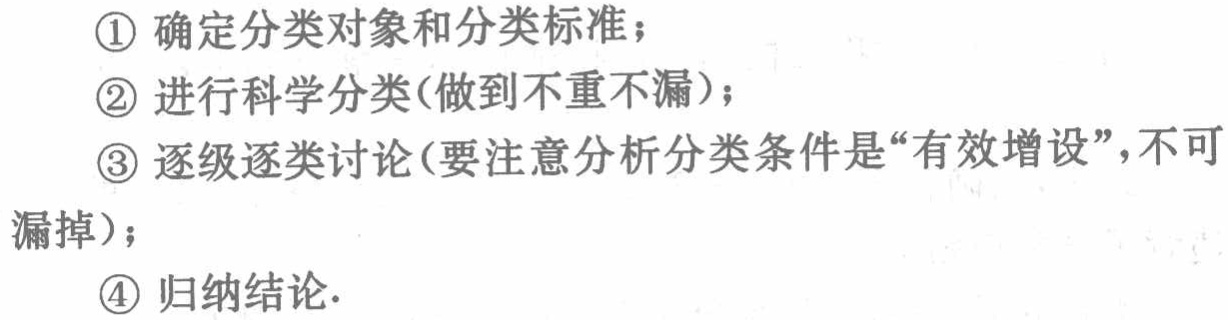
\begin{enumerate}
\item 确定分类对象和分类标准；
\item 进行科学分类(做到不重不漏)；
\item 逐级逐类讨论(要注意分析分类条件是“有效增设”，不可漏掉)；
\item 归纳结论.
\end{enumerate}